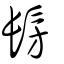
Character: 髣